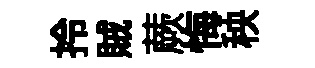
拎賊蕨悔秧